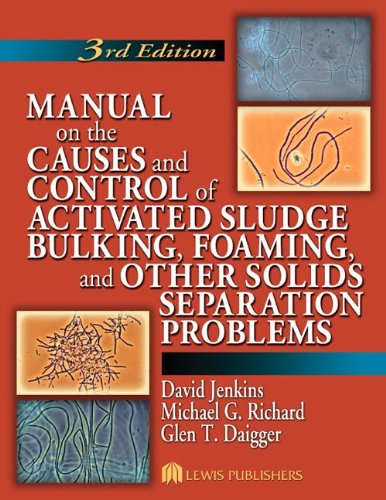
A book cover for Manual on the Causes and Control of Activated Sludge Bulking, Foaming, and Other Solids Separation Problems, 3rd Edition; David Jenkins; Science & Math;